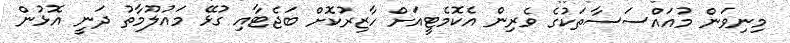
މިނިވަން މުއައްސަސާތަކުގެ ވެރިން އެކޮމެޓީއަށް ހާޒިރުކޮށް ބަޖެޓާއި ގުޅޭ މައުލޫމާތު ދަނީ އޮޅުން